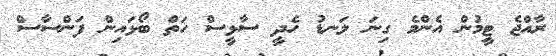
ރާއްޖެ ޓީމުން އެންމެ ގިނަ ލަނޑު ހެދީ ސާޅީސް ހަތް ބޯޅައިން ފަންސާސް